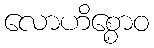
လောဟိစ္စောဝ